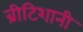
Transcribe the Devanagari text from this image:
ब्रीटिशानी